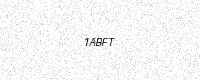
Text: 1ABFT